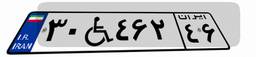
۳۰W۴۶۲۴۶